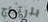
بارتياح